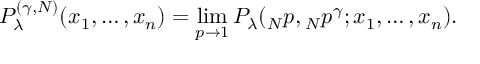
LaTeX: P _ { \lambda } ^ { ( \gamma , N ) } ( x _ { 1 } , \dots , x _ { n } ) = \operatorname * { l i m } _ { p \rightarrow 1 } P _ { \lambda } ( \o _ { N } p , \o _ { N } p ^ { \gamma } ; x _ { 1 } , \dots , x _ { n } ) .